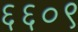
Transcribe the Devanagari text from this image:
६६०९